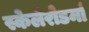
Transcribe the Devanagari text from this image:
स्केलेरोडर्मा